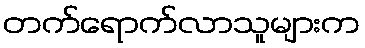
တက်ရောက်လာသူများက